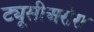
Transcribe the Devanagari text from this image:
ट्यूसीअरोरा